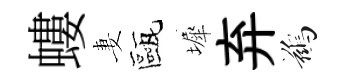
螻妻甌墀弃鷀